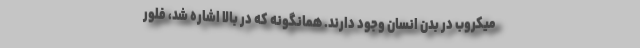
میکروب در بدن انسان وجود دارند. همانگونه که در بالا اشاره شد، فلور